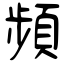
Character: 頻